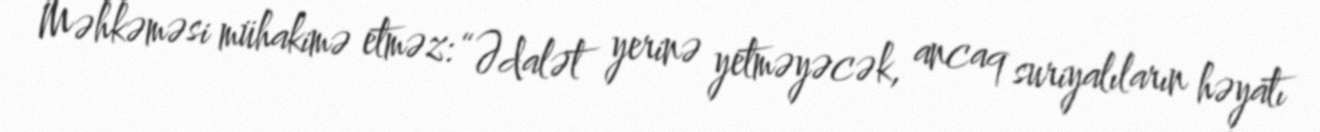
Məhkəməsi mühakimə etməz: “Ədalət yerinə yetməyəcək, ancaq suriyalıların həyatı